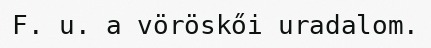
F. u. a vöröskői uradalom.